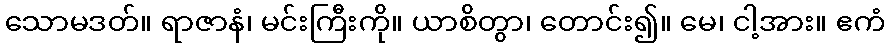
သောမဒတ်။ ရာဇာနံ၊ မင်းကြီးကို။ ယာစိတွာ၊ တောင်း၍။ မေ၊ ငါ့အား။ ဧကံ